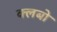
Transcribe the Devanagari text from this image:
क्लबो